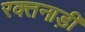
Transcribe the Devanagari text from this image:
रक्तनाड़ी